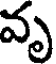
వృ